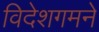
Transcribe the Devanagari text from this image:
विदेशगमने